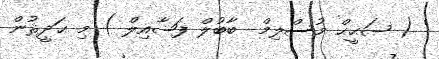
' ( ޞަޙީޙް މުސްލިމް  ބާބުލް ފަޟާއިލް ) މި ޙަދީޘުން